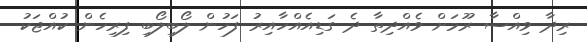
ރިދާ ވިއްސާ ރޫމަށް ވެއްދިތާ ދެ ގަޑިއެއްހާއިރު ފަހުން ލޯބިލޯބި ފިރިހެން ކުއްޖަކު